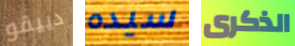
دييقو سيده الذكرى